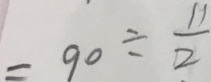
= 9 0 \div \frac { 1 1 } { 2 }